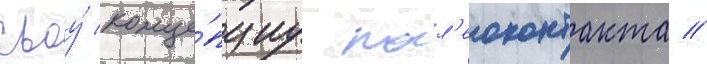
своу́ конце́пциу пал'еоконтакта //